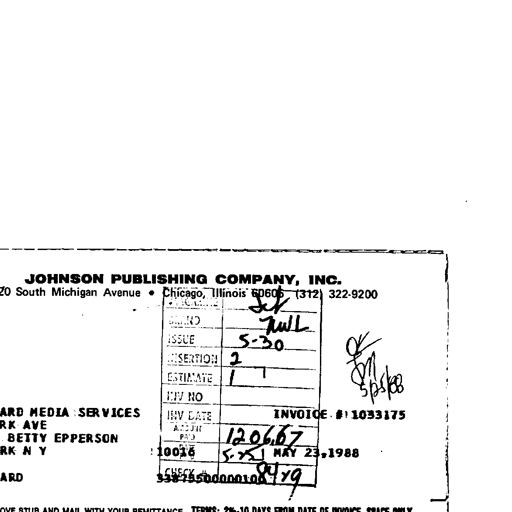
JOHNSON PUBLISHING COMPANY, INC.
820 South Michigan Avenue • Chicago, Illinois 60605 (312) 322-9200
MAGAZINE Jet
BRAND Hull
ISSUE 5-30
INSERTION 2
ESTIMATE 1
INV NO
INV DATE
AMOUNT PAID 1206.67
10036 5-25 MAY 23, 1988
CHECK #
33875500000100 84/79
INVOICE # 1033175
OK
SM
5/25/88
ARD MEDIA SERVICES
RK AVE
BETTY EPPERSON
RK NY
ARD
OVE STUB AND MAIL WITH YOUR REMITTANCE. TERMS: 2%-10 DAYS FROM DATE OF INVOICE. SPACE ONLY